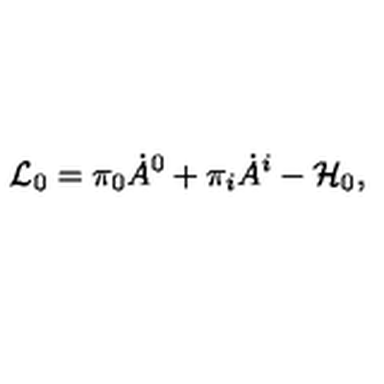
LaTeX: { \cal L } _ { 0 } = \pi _ { 0 } \dot { A } ^ { 0 } + \pi _ { i } \dot { A } ^ { i } - { \cal H } _ { 0 } ,